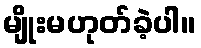
မျိုးမဟုတ်ခဲ့ပါ။